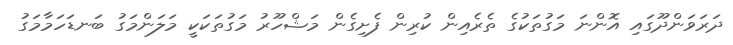
ދަރަވަންދޫގައި އޮންނަ މަގުތަކުގެ ތެރެއިން ކުރިން ފެށިގެން މަޝްހޫރު މަގުތަކަކީ މަލަންމަގު ބަނޑަހަމާމަގު